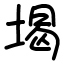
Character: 堨